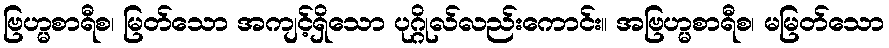
ဗြဟ္မစာရီစ၊ မြတ်သော အကျင့်ရှိသော ပုဂ္ဂိုလ်လည်းကောင်း။ အဗြဟ္မစာရီစ၊ မမြတ်သော